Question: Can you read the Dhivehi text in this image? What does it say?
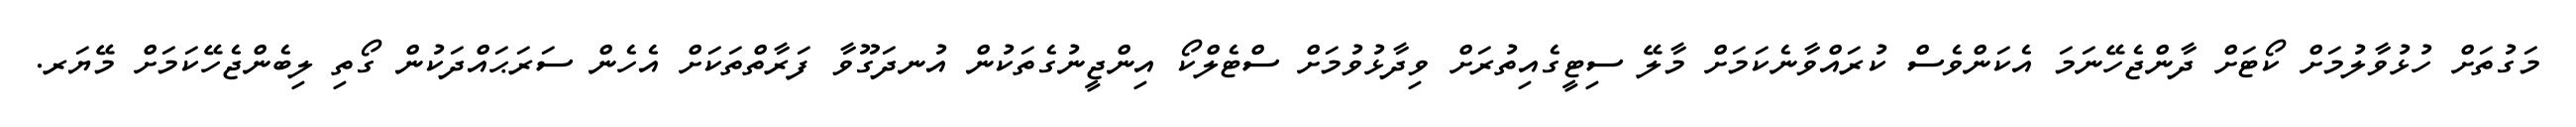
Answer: މަގުތަށް ހުޅުވާލުމަށް ކޯޓަށް ދާންޖެހޭނަމަ އެކަންވެސް ކުރައްވާނެކަމަށް މާލޭ ސިޓީގެއިތުރަށް ވިދާޅުވުމަށް ސްޓެލްކޯ އިންޖީނުގެތަކުން އުނދަގޫވާ ފަރާތްތަކަށް އެހެން ސަރަޙައްދަކުން ގޯތި ލިބެންޖެހޭކަމަށް މޭޔަރ.